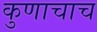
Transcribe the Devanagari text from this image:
कुणाचाच